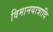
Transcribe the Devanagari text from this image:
विमानयात्रादि